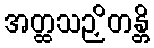
အတ္ထသဉှိတန္တိ